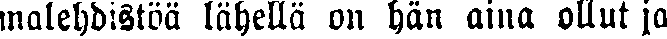
malehdistöä lähellä on hän aina ollut ja